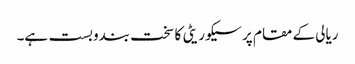
ریالی کے مقام پر سیکوریٹی کا سخت بندوبست ہے۔